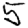
Digit: 5